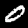
Digit: 0